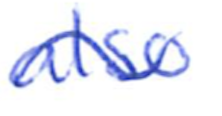
Text: also
Cross-out: wave
Writing tool: ballpoint